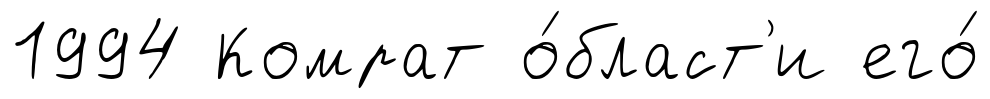
1994 Комрат о́бласт'и его́